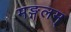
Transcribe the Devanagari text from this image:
मङ्गलम्